Reports on military cantonments and civil stations in the Presidency of Bombay inspected by the Sanitary Commissioner in the years 1875 and 1876
Year: 1875
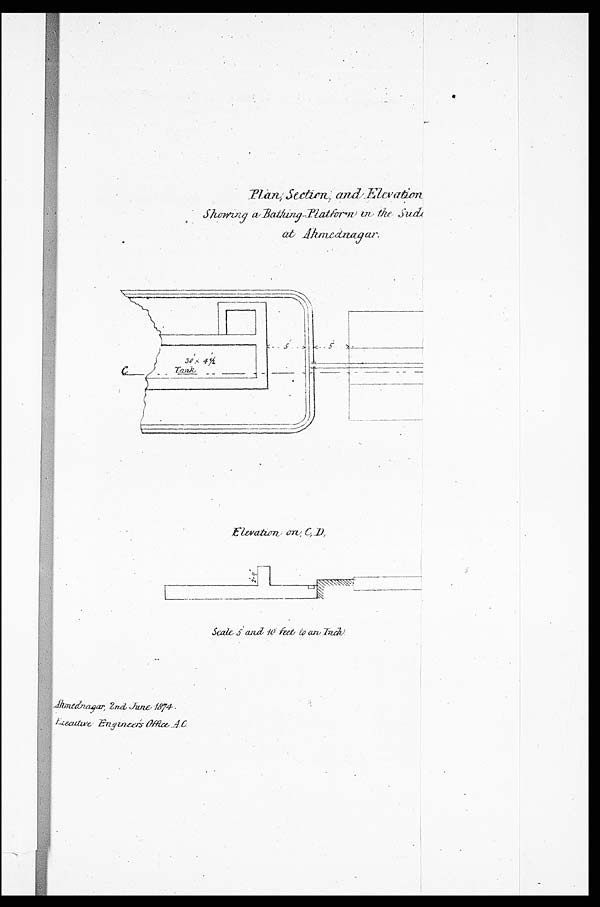
Plan, section, and Elevation showing a Bathing-Platform in the sudi at Ahmednagar.
Elevation on, C, D,
Scale 5 and 10 feet to an Inch.
Ahmednagar, 2nd June 1874. Executive Engineer' s Office A.C.